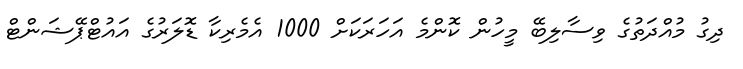
ދިގު މުއްދަތުގެ ވިސާލިބޭ މީހުން ކޮންމެ އަހަރަކަށް 1000 އެމެރިކާ ޑޮލަރުގެ އައުޓްޕޭޝަންޓް